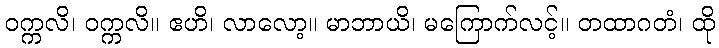
ဝက္ကလိ၊ ဝက္ကလိ။ ဧဟိ၊ လာလော့။ မာဘာယိ၊ မကြောက်လင့်။ တထာဂတံ၊ ထို